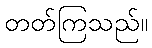
တတ်ကြသည်။